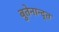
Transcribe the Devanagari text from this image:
बुतेनान्द्त